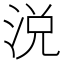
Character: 涚